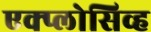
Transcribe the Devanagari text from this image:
एक्प्लोसिव्ह